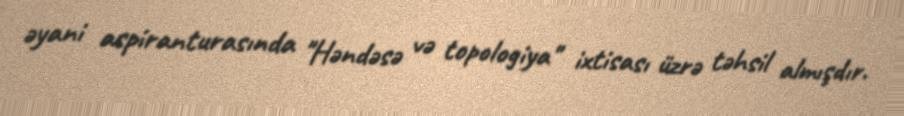
əyani aspiranturasında "Həndəsə və topologiya" ixtisası üzrə təhsil almışdır.